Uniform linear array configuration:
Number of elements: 64
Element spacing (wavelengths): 0.75
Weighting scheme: uniform
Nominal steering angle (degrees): -60
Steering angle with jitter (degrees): -58.151
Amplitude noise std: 0.05
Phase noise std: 0.05

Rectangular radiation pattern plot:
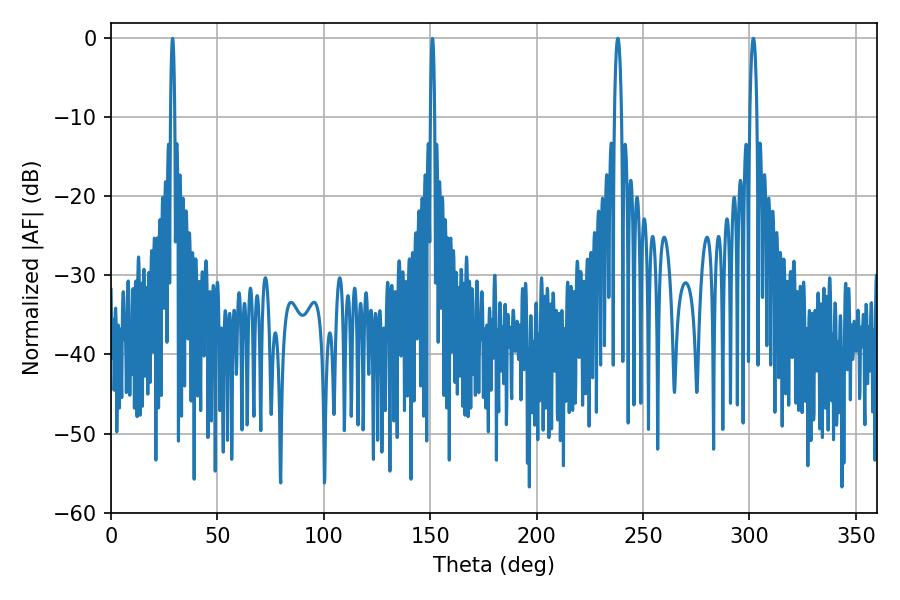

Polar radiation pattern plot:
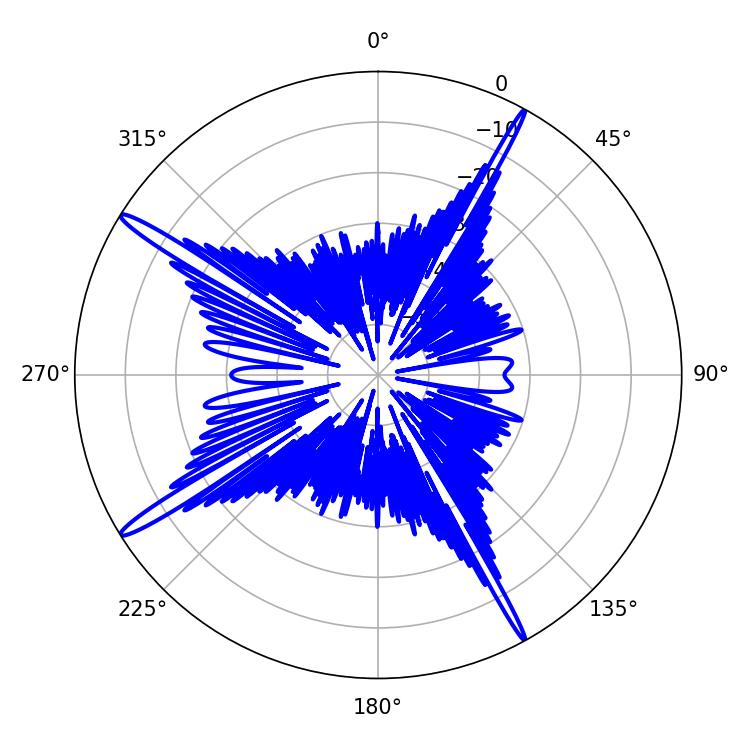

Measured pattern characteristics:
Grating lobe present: TRUE
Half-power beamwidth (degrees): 1.8
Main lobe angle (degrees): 238.14